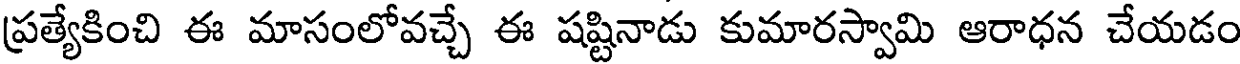
ప్రత్యేకించి ఈ మాసంలోవచ్చే ఈ షష్టినాడు కుమారస్వామి ఆరాధన చేయడం